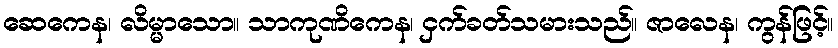
ဆေကေန၊ လိမ္မာသော။ သာကုဏိကေန၊ ငှက်ခတ်သမားသည်။ ဇာလေန၊ ကွန်ဖြင့်။